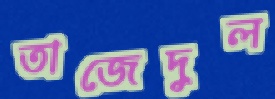
তাজেদুল